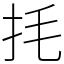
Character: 㧌